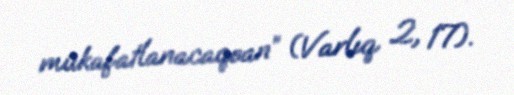
mükafatlanacaqsan” (Varlıq 2, 17).